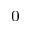
_ 0